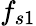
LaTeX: f_{s1}